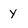
Character: y